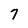
Character: 7